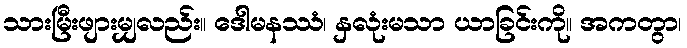
သားမြီးဖျားမျှလည်း။ ဒေါမနဿံ၊ နှလုံးမသာ ယာခြင်းကို။ အကတွာ၊